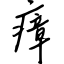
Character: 瘴